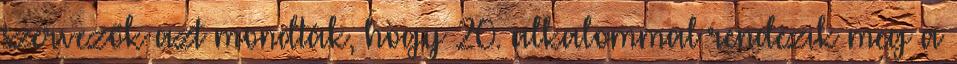
szervezők azt mondták, hogy 20. alkalommal rendezik meg a